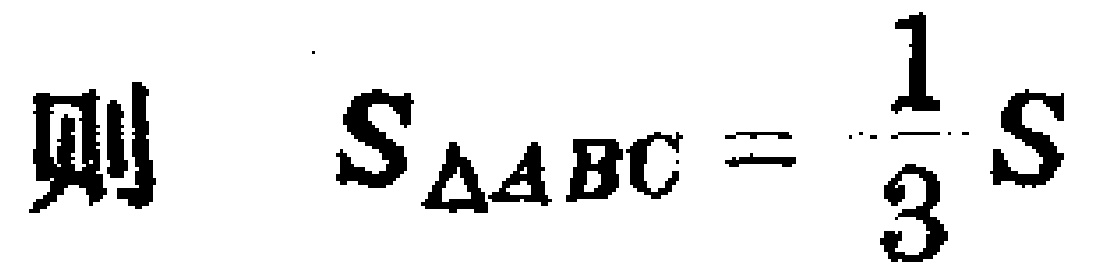
则 \(S_{\triangle ABC}=\frac{1}{3}S\)